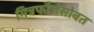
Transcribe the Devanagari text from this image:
मित्रफौजेसोबत